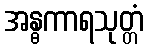
အန္ဓကာရသုတ္တံ